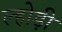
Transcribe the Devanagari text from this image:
ल्होड़ी